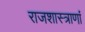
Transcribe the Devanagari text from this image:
राजशास्त्राणां